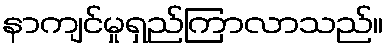
နာကျင်မှုရှည်ကြာလာသည်။